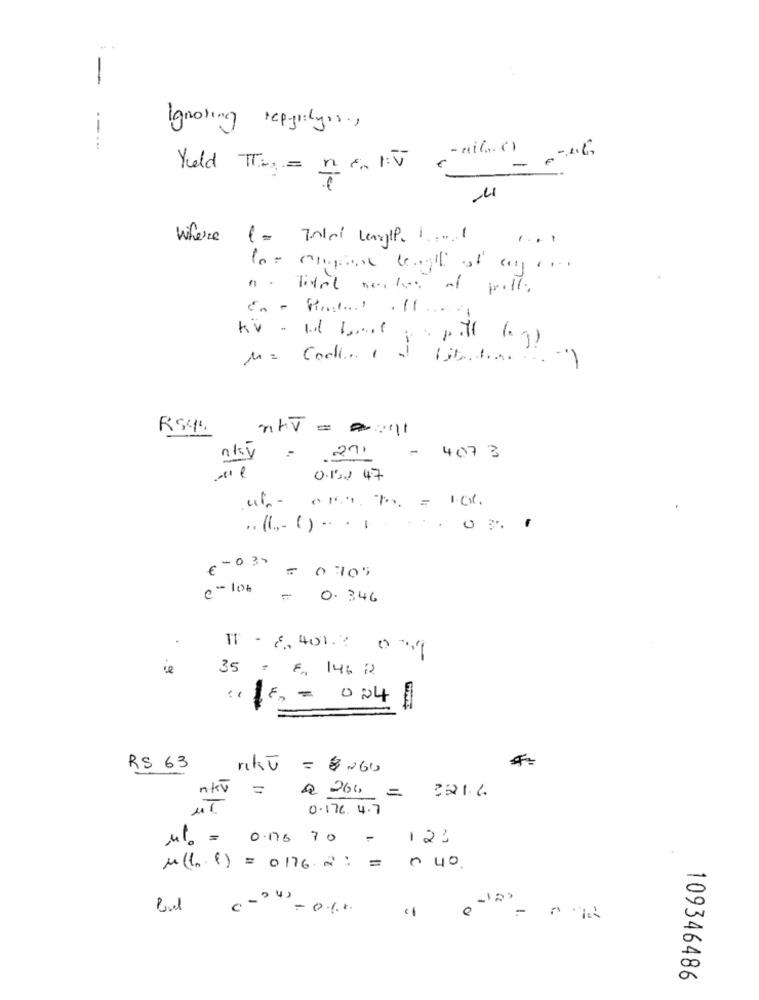
-
Ignoring repaslyon,
--...
Yield T= n
Where (= 70lol Langtp. 1 .... 1
....
kv - Id 1 ,. t .
M= Codi ( ) {jhtml
RS45
ntv= == 11
nky
= 271
- 4073
0.122 47
.. (1 ,- ( ) .. . 1
€
-035
= 0 305
e-106 - 0.346
IT - 8.401.2 009
35 = 8 146 12
-
1 == 0.04
RS 63
rikt = 2 260
ntv = @ 266 = 221.6
UT
0.176.4.7
41. = 0.175 70
123
M(l. c) = 0176. 2 : = 040.
-
" = = 0%
e
109346486